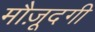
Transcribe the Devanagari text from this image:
मौज़ूदगी